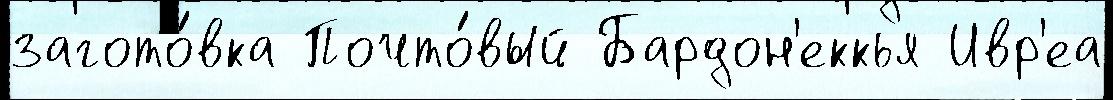
загото́вка Почто́вый Бардон'еккья Ивр'еа